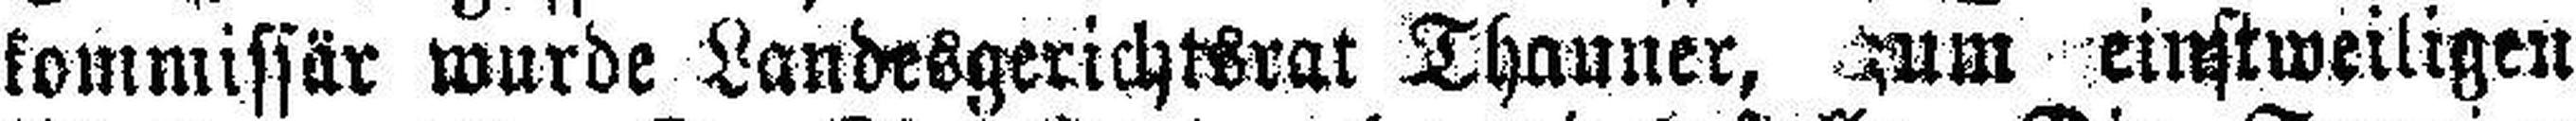
kommissär wurde Landesgerichtsrat Thauner, zum einstweiligen